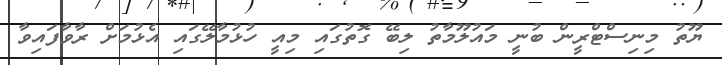
ޔޫތު މިނިސްޓްރީން ބުނީ މައުލޫމާތު ލިބޭ ގޮތުގައި މިއީ ހުޅުމާލޭގައި އެޅުމަށް ރާވާފައިވާ